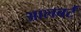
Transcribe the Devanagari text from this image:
आलबर्ट